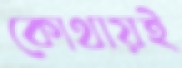
কোথায়ই